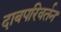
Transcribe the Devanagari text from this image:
दाबपरिवर्तन